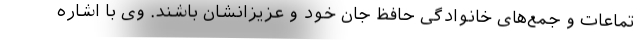
تماعات و جمع‌های خانوادگی حافظ جان خود و عزیزانشان باشند. وی با اشاره